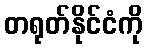
တရုတ်နိုင်ငံကို